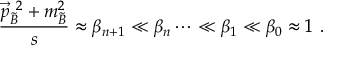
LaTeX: \frac { \vec { p } _ { \tilde { B } } ^ { ~ 2 } + m _ { \tilde { B } } ^ { 2 } } { s } \approx \beta _ { n + 1 } \ll \beta _ { n } \dots \ll \beta _ { 1 } \ll \beta _ { 0 } \approx 1 \ .